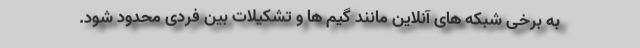
به برخی شبکه های آنلاین مانند گیم ها و تشکیلات بین فردی محدود شود.